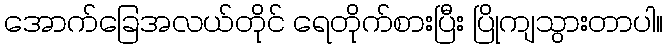
အောက်ခြေအလယ်တိုင် ရေတိုက်စားပြီး ပြိုကျသွားတာပါ။